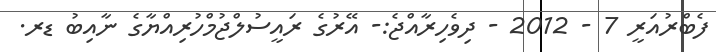
ފެބްރުއަރީ 7 - 2012 - ދިވެހިރާއްޖެ:- އޭރުގެ ރައީސުލްޖުމްހުރިއްޔާގެ ނާއިބު ޑރ.